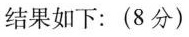
结果如下：(8分)